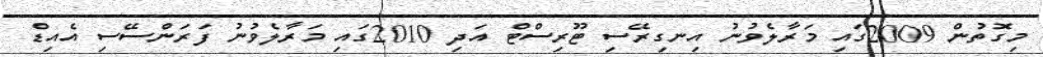
މިގޮތުން 2009ގައި މަރާލެވުނު އިނގިރޭސި ޓޫރިސްޓް އަދި 2010ގައި މަރާލެވުނު ފަރަންސޭސި އެއިޑް